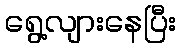
ရွေ့လျားနေပြီး